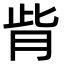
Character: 𦙼